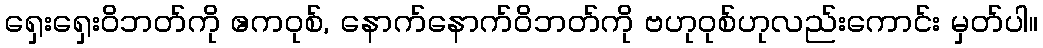
ရှေးရှေးဝိဘတ်ကို ဧကဝုစ်, နောက်နောက်ဝိဘတ်ကို ဗဟုဝုစ်ဟုလည်းကောင်း မှတ်ပါ။